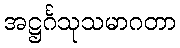
အဋ္ဌင်္ဂသုသမာဂတာ